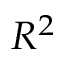
R ^ { 2 }